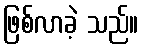
ဖြစ်လာခဲ့ သည်။